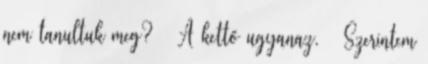
nem tanultuk meg? – A kettő ugyanaz. – Szerintem